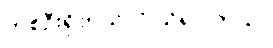
တစ်ဦးရှိတယ်လို့ သိရပါတယ်။